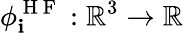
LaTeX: \phi_{\mathbf{i}}^{\mathrm{{~H~F~}}}:\mathbb{{R}}^{3}\rightarrow\mathbb{{R}}